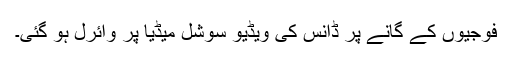
فوجیوں کے گانے پر ڈانس کی ویڈیو سوشل میڈیا پر وائرل ہو گئی۔